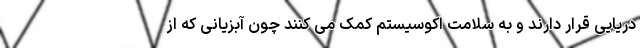
دریایی قرار دارند و به سلامت اکوسیستم کمک می کنند چون آبزیانی که از